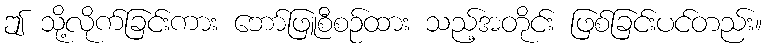
ဤ သို့လိုက်ခြင်းကား ဘော်ဖြူစီစဉ်ထား သည့်အတိုင်း ဖြစ်ခြင်းပင်တည်း။